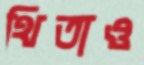
থিতাও